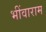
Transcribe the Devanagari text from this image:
भींवाराम